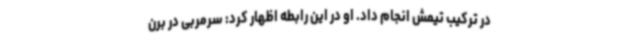
در ترکیب تیمش انجام داد. او در این رابطه اظهار کرد: سرمربی در برن